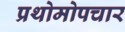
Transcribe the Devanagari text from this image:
प्रथोमोपचार